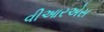
વીઆરએસ